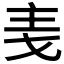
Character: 𪜋